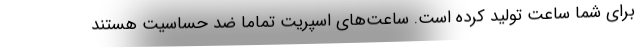
برای شما ساعت تولید کرده است. ساعت‌های اسپریت تماما ضد حساسیت هستند